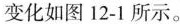
变化如图12-1所示。